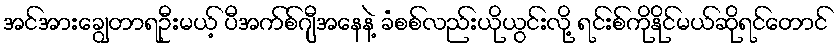
အင်အားချွေတာရဦးမယ့် ပီအက်စ်ဂျီအနေနဲ့ ခံစစ်လည်းယိုယွင်းလို့ ရင်းစ်ကိုနိုင်မယ်ဆိုရင်တောင်